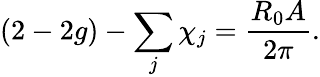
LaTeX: (2-2g)-\sum_{j}\chi_{j}=\frac{R_{0}A}{2\pi}.